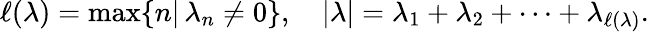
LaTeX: \ell(\lambda)=\operatorname*{max}\{ n|\, \lambda_{n}\neq 0\} ,\quad|\lambda|=\lambda_{1}+\lambda_{2}+\cdots+\lambda_{\ell(\lambda)}.